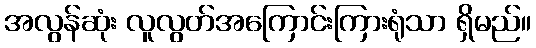
အလွန်ဆုံး လူလွတ်အကြောင်းကြားရုံသာ ရှိမည်။